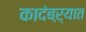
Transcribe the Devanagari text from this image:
कादंबऱ्यात